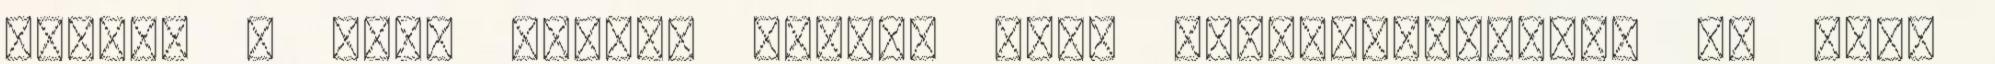
felkel a nap. Biztos benne, hogy elszenderedett, és több